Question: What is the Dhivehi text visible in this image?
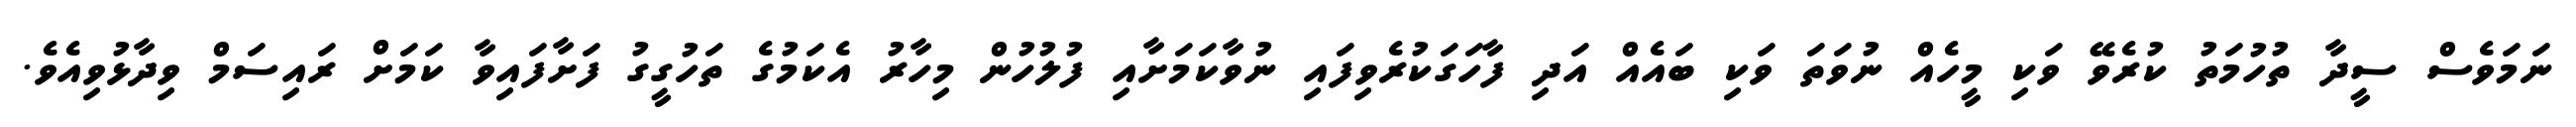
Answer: ނަމަވެސް ސީދާ ތުހުމަތު ކުރެވޭ ވަކި މީހެއް ނުވަތަ ވަކި ބައެއް އަދި ފާހަގަކުރެވިފައި ނުވާކަމަށާއި ފުލުހުން މިހާރު އެކަމުގެ ތަހުގީގު ފަށާފައިވާ ކަމަށް ރައިސަމް ވިދާޅުވިއެވެ.